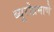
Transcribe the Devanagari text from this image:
ब्यूरोप्रमाणे